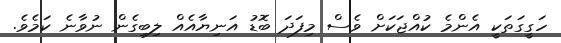
ހަގީގަތަކީ އެންމެ ކުއްޖަކަށް ވެސް މިފަދަ ބޮޑު އަނިޔާއެއް ލިބިގެން ނުވާނެ ކަމެވެ.